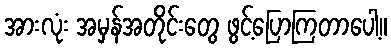
အားလုံး အမှန်အတိုင်းတွေ ဖွင့်ပြောကြတာပေါ့။